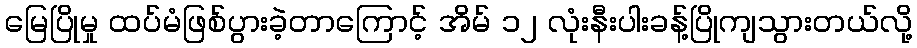
မြေပြိုမှု ထပ်မံဖြစ်ပွားခဲ့တာကြောင့် အိမ် ၁၂ လုံးနီးပါးခန့်ပြိုကျသွားတယ်လို့